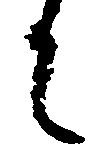
に